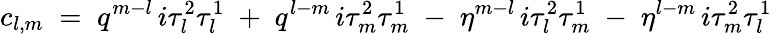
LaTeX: c_{l,m}\; =\; q^{m-l}\, i\tau_{l}^{2}\tau_{l}^{1}\; +\; q^{l-m}\, i\tau_{m}^{2}\tau_{m}^{1}\; -\; \eta^{m-l}\, i\tau_{l}^{2}\tau_{m}^{1}\; -\; \eta^{l-m}\, i\tau_{m}^{2}\tau_{l}^{1}\,